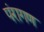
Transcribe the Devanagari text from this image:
पंरागण